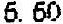
6.60